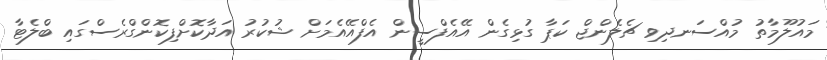
މައުލޫމާތު މުއްސަނދިވި ޗެލެންޖް ކަޕާ ގުޅިގެން އޭއެފްސީން އެފްއޭއެމަށް ޝުކުރު އަދާކޮށްފިކޮންގްރެސްގައި ބްލެޓާ